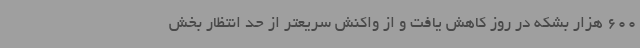
600 هزار بشکه در روز کاهش یافت و از واکنش سریعتر از حد انتظار بخش